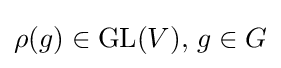
\rho (g)\in \mathrm {GL} (V),\,g\in G